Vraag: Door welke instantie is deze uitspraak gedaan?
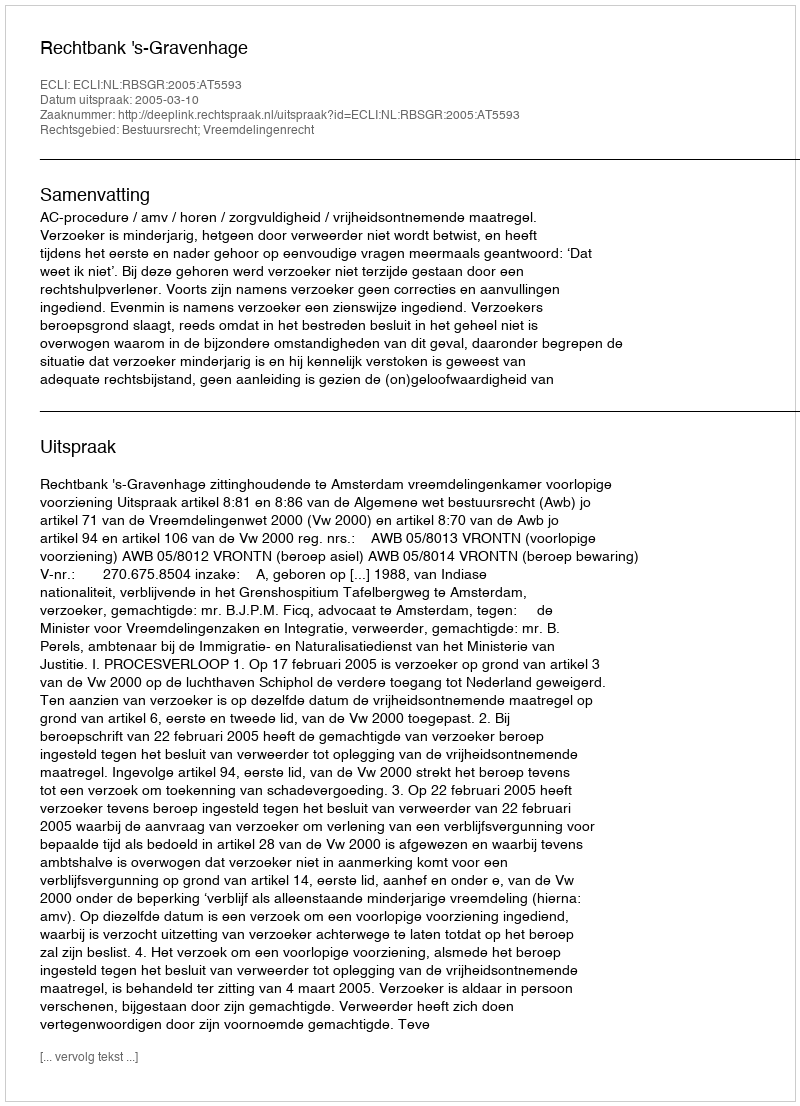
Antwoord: Rechtbank 's-Gravenhage